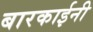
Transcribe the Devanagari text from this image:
बारकाईनी